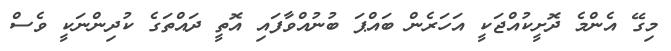
މިގޭ އެންމެ ދޮށީކުއްޖަކީ އަހަރެން ބައްޕަ ބުނުއްވާފައި އޮތީ ދައްތަގެ ކުދިންނަކީ ވެސް